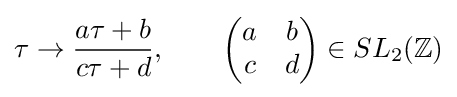
\tau \to {\frac {a\tau +b}{c\tau +d}},\qquad {\begin{pmatrix}a&b\\c&d\end{pmatrix}}\in SL_{2}(\mathbb {Z} )